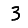
Digit: 3